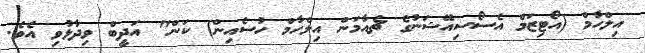
އިލްހާމް (އޯޓިޒަމް އެސޯސިއޭޝަނުގެ ޗެއާމަން އިލްހާމް ހުސެއިން) ކަން" އަދީބް ވިދާޅުވި އެވެ.